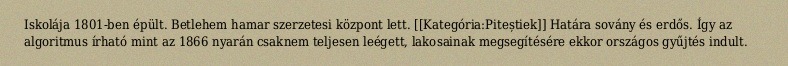
Iskolája 1801-ben épült. Betlehem hamar szerzetesi központ lett. [[Kategória:Piteștiek]] Határa sovány és erdős. Így az algoritmus írható mint az 1866 nyarán csaknem teljesen leégett, lakosainak megsegítésére ekkor országos gyűjtés indult.